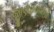
જીણાબાવાનો